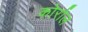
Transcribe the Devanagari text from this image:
कोर्राल